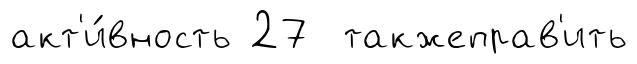
акт'и́вность 27 такжеправ'ить